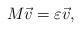
LaTeX: \begin{align*} M \vec{v} = \varepsilon \vec{v},\end{align*}